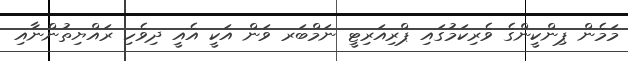
މަމެން ޕިންކީންގެ ވެރިކަމުގައި ޕްރިއަރިޓީ ނަމްބަރ ވަން އަކީ އެއީ ދިވެހި ރައްޔިތުންނާއި